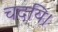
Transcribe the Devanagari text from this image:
चदयि।